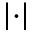
\left| \cdot \right|